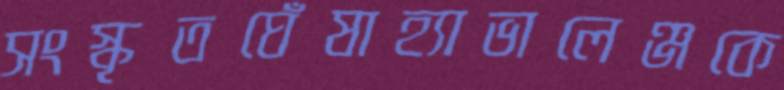
সংস্কৃতঘেঁষাহ্যাভালেঞ্জকে